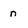
Character: n